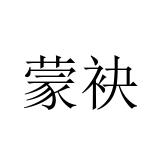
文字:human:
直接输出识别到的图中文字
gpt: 蒙袂